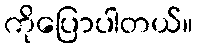
ကိုပြောပါတယ်။